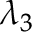
\lambda _ { 3 }